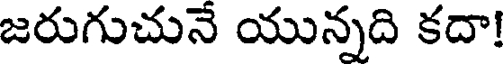
జరుగుచునే యున్నది కదా!